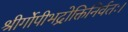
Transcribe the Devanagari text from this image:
श्रीर्गोपीभद्रोक्तिनिर्वतः।